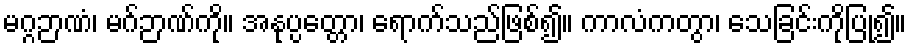
မဂ္ဂဉာဏံ၊ မဂ်ဉာဏ်ကို။ အနုပ္ပတ္တော၊ ရောက်သည်ဖြစ်၍။ ကာလံကတွာ၊ သေခြင်းကိုပြု၍။